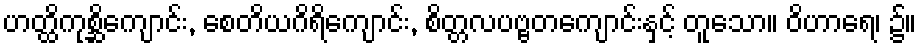
ဟတ္ထိကုစ္ဆိကျောင်း, စေတိယဂိရိကျောင်း, စိတ္တလပဗ္ဗတကျောင်းနှင့် တူသော။ ဝိဟာရေ၊ ၌။